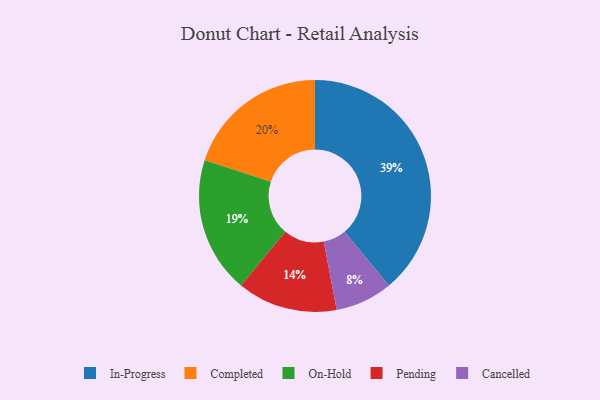
{"axis": {"x": "Category", "y": "Percentage"}, "legend": ["Cancelled", "Completed", "In-Progress", "On-Hold", "Pending"], "data": [{"x": "In-Progress", "y": 39, "type": "In-Progress"}, {"x": "On-Hold", "y": 19, "type": "On-Hold"}, {"x": "Cancelled", "y": 8, "type": "Cancelled"}, {"x": "Completed", "y": 20, "type": "Completed"}, {"x": "Pending", "y": 14, "type": "Pending"}]}